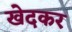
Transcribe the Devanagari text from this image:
खेदकर